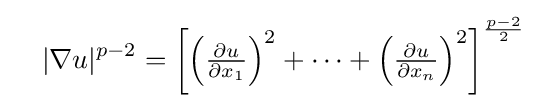
\quad |\nabla u|^{p-2}=\left[\textstyle \left({\frac {\partial u}{\partial x_{1}}}\right)^{2}+\cdots +\left({\frac {\partial u}{\partial x_{n}}}\right)^{2}\right]^{\frac {p-2}{2}}